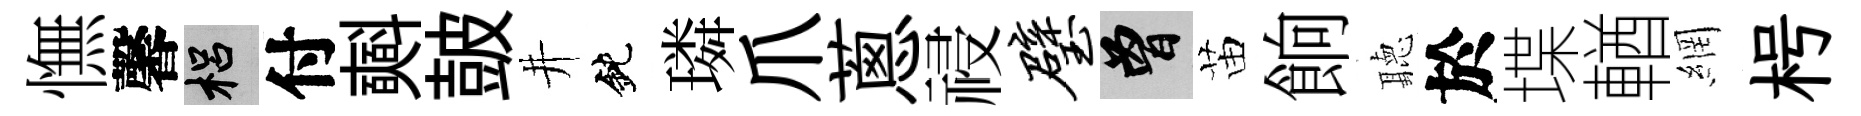
憮馨梠付𣂏皷井鈍璘爪蔥祲璧曾苗餉聽於堞輶網枵